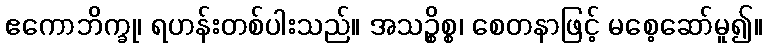
ဧကောဘိက္ခု၊ ရဟန်းတစ်ပါးသည်။ အသဉ္စိစ္စ၊ စေတနာဖြင့် မစေ့ဆော်မူ၍။